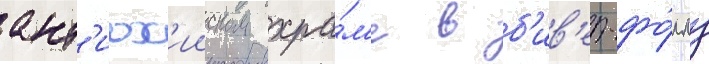
ант'иох'ииском хра́м'е в б'ив'ер-фо́ллз